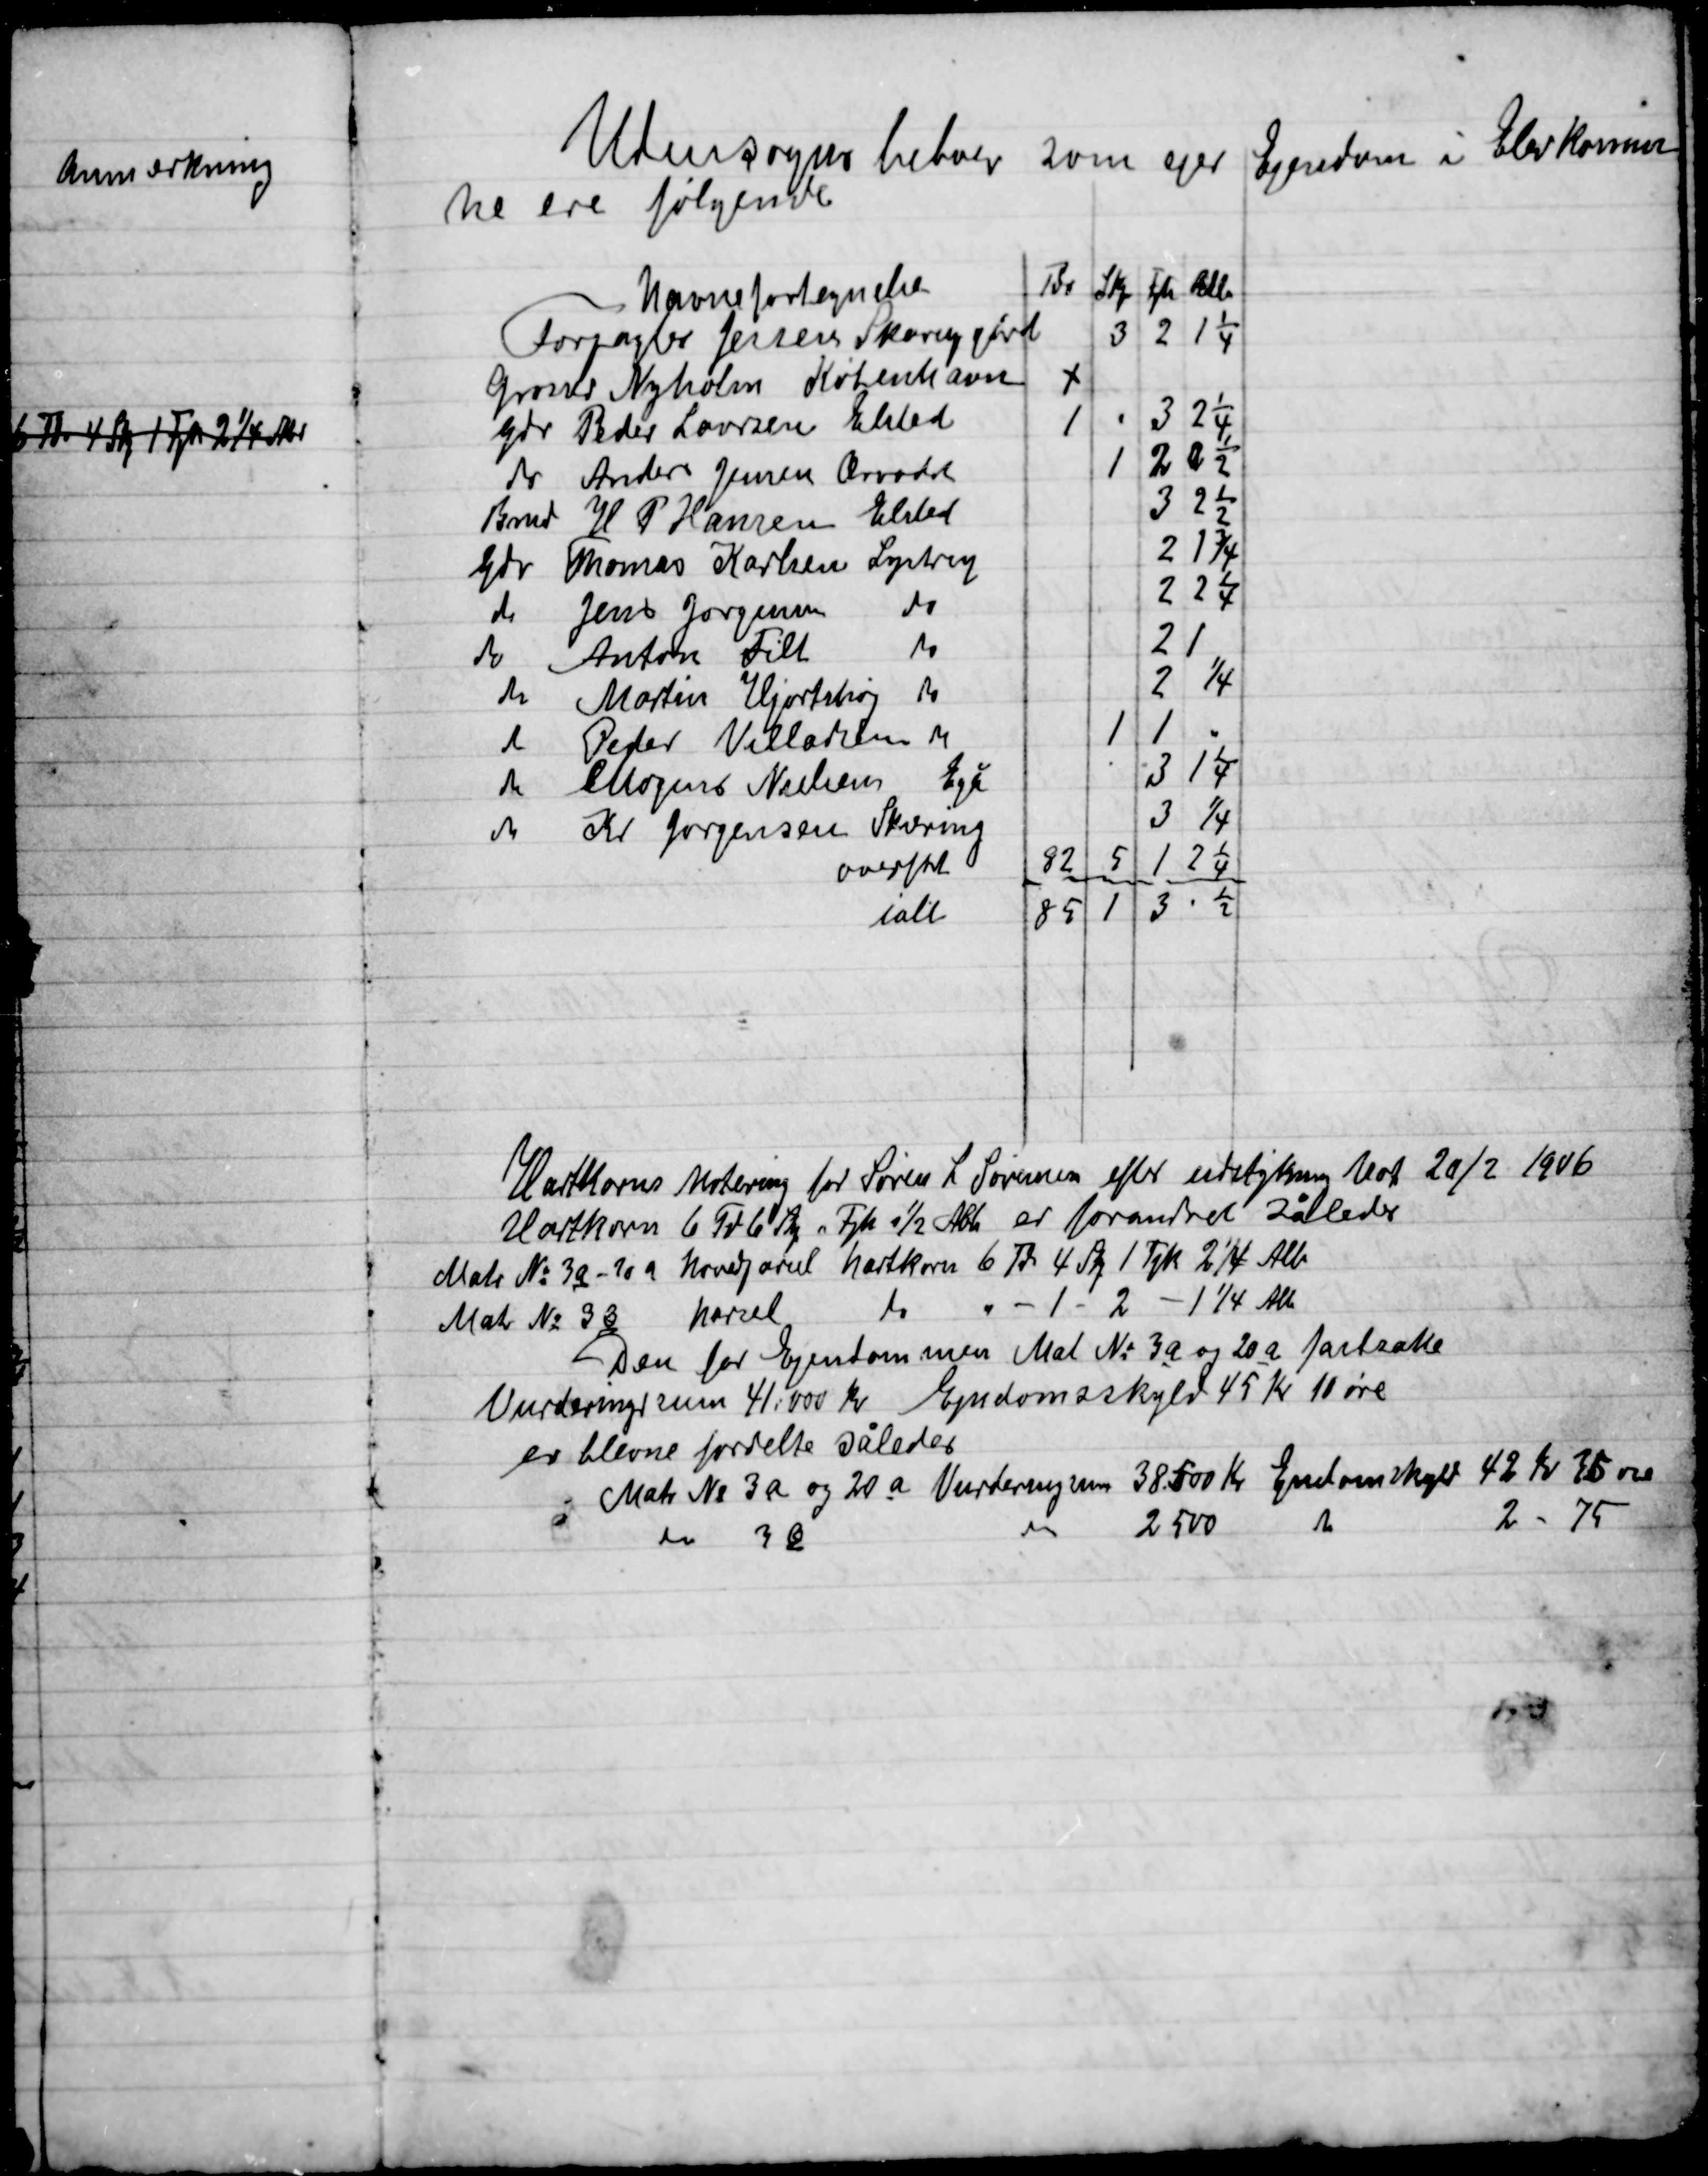
Transskription:
Uden sogns beboere som ejer Ejendom i elev Kommu-
ne ere følgende:

Hartkorns Notering for Søren L. Sørensen efter udstykning Mod 20/2 1906
Hartkorn 6 Fø b St Tjk ½ Alen er forandret således
Matr. No. 3a – 10 a 	Hovedgavel hartkorn 6 Th 4 Stk 1 Tjk 2 ¼ All.
Matr. No. 3b
harsel
do
" - 1 - 2 - 1 1/4 All.

Den for Ejendommen Mat. No. 3 a og 20 a fastsætte
Vurderingssum 41.000 Kr. Ejendomsskyld 45 Kr. 10 øre
Er blevne forrette således
Matr. No. 3a og 20 a vurderingssum 38.000 Kr. Ejendomsskyld 42 Kr. 35 øre
do
3 æ
do
2500
do
2 - 75